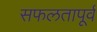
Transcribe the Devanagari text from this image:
सफलतापूर्व